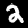
Digit: 2